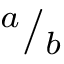
{ } ^ { a } / { } _ { b }